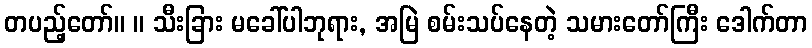
တပည့်တော်။ ။ သီးခြား မခေါ်ပါဘုရား, အမြဲ စမ်းသပ်နေတဲ့ သမားတော်ကြီး ဒေါက်တာ